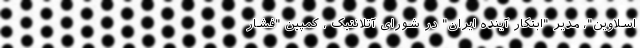
اسلاوین"، مدیر "ابتکار آینده ایران" در شورای آتلانتیک ، کمپین "فشار